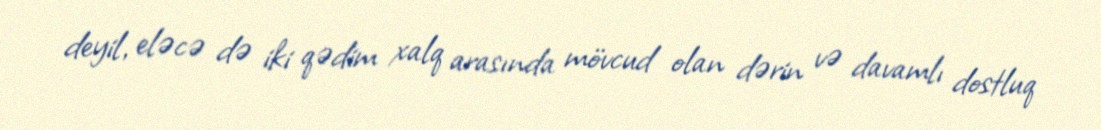
deyil, eləcə də iki qədim xalq arasında mövcud olan dərin və davamlı dostluq